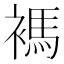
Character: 𧜗